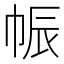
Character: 帪